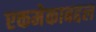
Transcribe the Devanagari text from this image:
एकमेकाबद्दल